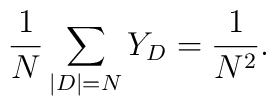
\frac{1}{N}\sum_{|D|=N}Y_D=\frac{1}{N^2}.